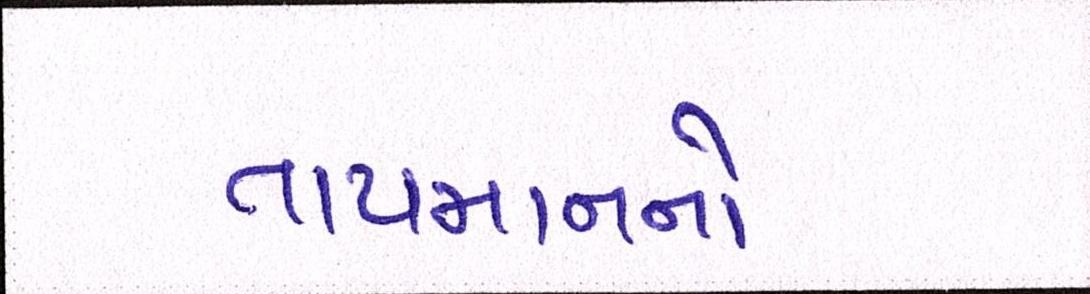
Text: તાપમાનનો